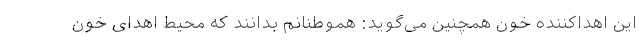
این اهداکننده خون همچنین می‌گوید: هموطنانم بدانند که محیط اهدای خون